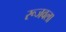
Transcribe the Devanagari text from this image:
रूजवला